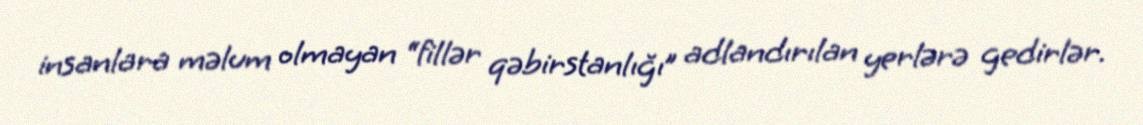
insanlara məlum olmayan “fillər qəbirstanlığı” adlandırılan yerlərə gedirlər.